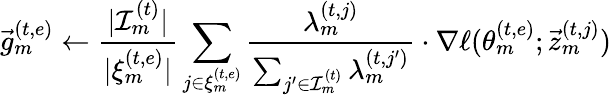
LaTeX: \vec{g}_{m}^{(t,e)}\gets\frac{|\mathcal{I}_{m}^{(t)}|}{|\xi_{m}^{(t,e)}|}\sum_{j\in\xi_{m}^{(t,e)}}\frac{\lambda_{m}^{(t,j)}}{\sum_{j^{\prime}\in\mathcal{I}_{m}^{(t)}}\lambda_{m}^{(t,j^{\prime})}}\cdot\nabla\ell(\theta_{m}^{(t,e)};\vec{z}_{m}^{(t,j)})